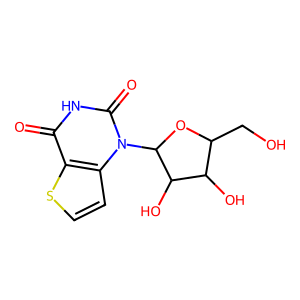
SMILES: O=c1[nH]c(=O)n(C2OC(CO)C(O)C2O)c2ccsc12
Inhibits HIV replication: No